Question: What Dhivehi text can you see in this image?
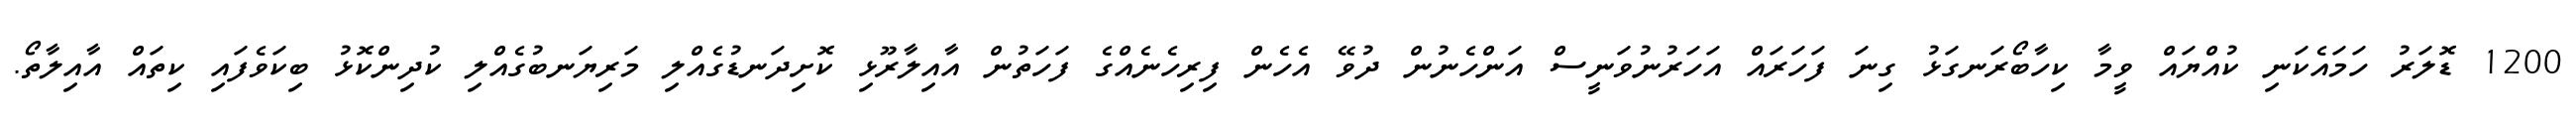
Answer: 1200 ޑޮލަރު ހަމައެކަނި ކުއްޔައް ވީމާ ކިހާބޯރަނގަޅު ގިނަ ފަހަރައް އަހަރުނުވަނީސް އަންހެނުން ދުވޭ އެހެން ފިރިހެނެއްގެ ފަހަތުން އާއިލާރޫޅި ކޮށިދަނޑުގެއްލި މަރިޔަނބުގެއްލި ކުދިންކޮޅު ބިކަވެފައި ކިތައް އާއިލާތޯ.